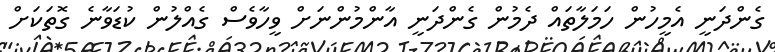
ގެންދަނީ އެމީހުން ހަމަލާތައް ދެމުން ގެންދަނީ އާންމުންނަށް ވީހާވެސް ގެއްލުން ކުޑަވާނެ ގޮތަކަށް